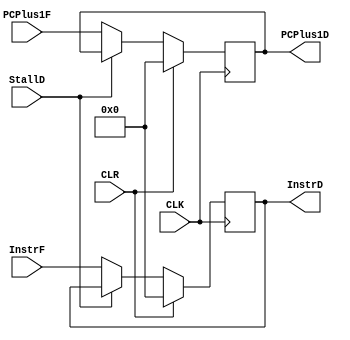
`timescale 1ns / 1ps

module fetch_decode_register # (parameter WL = 32)
(
    input CLK,
    input CLR,
    input StallD,
    input [WL - 1 : 0] InstrF,
    input [WL - 1 : 0] PCPlus1F,
    output reg [WL - 1 : 0] InstrD,
    output reg [WL - 1 : 0] PCPlus1D
);
    initial begin InstrD <= 0; PCPlus1D <= 0; end
    
    always @ (posedge CLK)
    begin
        if(CLR)
        begin
            InstrD <= 0;
            PCPlus1D <= 0;
        end
        else
        begin
            if(!StallD)
            begin
                InstrD <= InstrF;
                PCPlus1D <= PCPlus1F;
            end
        end
    end
    
endmodule